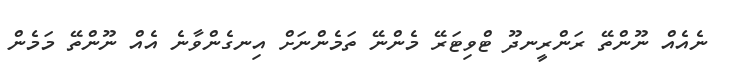
ނެއެއް ނޫންތޭ ރަންރީނދޫ ޓްވިޓަރޭ މެންނޭ ތަމެންނަށް އިނގެންވާނެ އެއް ނޫންތޭ މަމެން